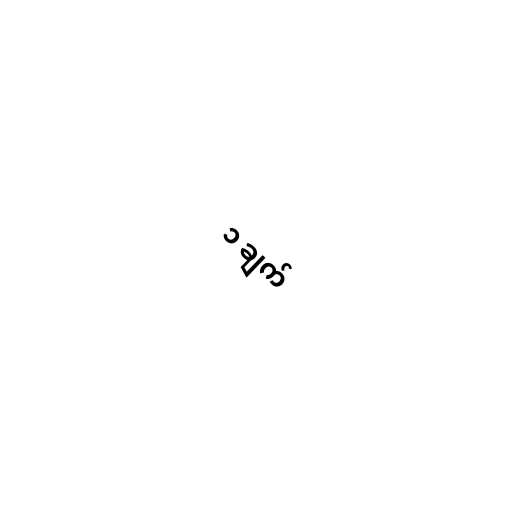
၁ ချက်